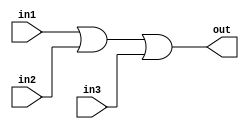
`timescale 1ns / 1ps
//////////////////////////////////////////////////////////////////////////////////
// Company: 
// Engineer: 
// 
// Design Name: 
// Module Name: OR_T_3
// Project Name: 
// Target Devices: 
// Tool Versions: 
// Description: 
// 
// Dependencies: 
// 
// Revision:
// Revision 0.01 - File Created
// Additional Comments:
// 
//////////////////////////////////////////////////////////////////////////////////

`define	D		0	// definition of the delay

// Delayed OR gate

module OR_T_3(out, in1, in2, in3);

input in1, in2, in3;
output out;

or		#`D		or1 (out, in1, in2, in3);


endmodule